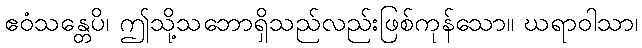
ဧဝံသန္တေပိ၊ ဤသို့သဘောရှိသည်လည်းဖြစ်ကုန်သော။ ဃရာဝါသာ၊